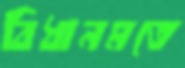
বিধানমতে